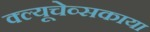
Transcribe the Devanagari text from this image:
क्ल्यूचेव्सकाया